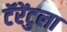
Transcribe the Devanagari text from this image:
टॅरेंटुला